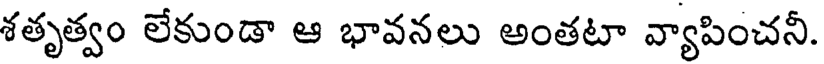
శతృత్వం లేకుండా ఆ భావనలు అంతటా వ్యాపించనీ.